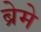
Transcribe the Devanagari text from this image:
ब्रेमे